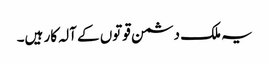
یہ ملک دشمن قوتوں کے آلہ کار ہیں۔